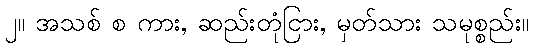
၂။ အသစ် စ ကား, ဆည်းတုံငြား, မှတ်သား သမုစ္စည်း။